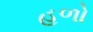
હળો